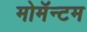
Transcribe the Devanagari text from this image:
मोमॅन्टम